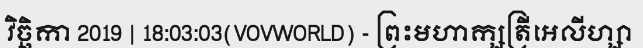
វិច្ឆិកា 2019 | 18:03:03(VOVWORLD) - ព្រះមហាក្សត្រីអេលីហ្សា